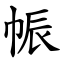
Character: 帪